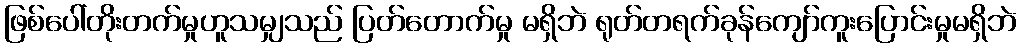
ဖြစ်ပေါ်တိုးတက်မှုဟူသမျှသည် ပြတ်တောက်မှု မရှိဘဲ ရုတ်တရက်ခုန်ကျော်ကူးပြောင်းမှုမရှိဘဲ